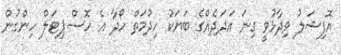
އޮފިޝަލު ވިދާޅުވީ ގިނަ އަދަދެއްގެ ބަޔަކު ހިދުމަތް ހޯދާ އެ ހޮސްޕިޓަލް ހިންގުން